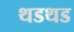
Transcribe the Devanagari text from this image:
थडथड